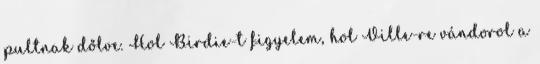
pultnak dőlve. Hol Birdie-t figyelem, hol Ville-re vándorol a